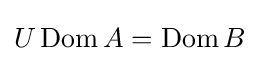
U\operatorname {Dom} A=\operatorname {Dom} B